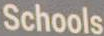
Schools